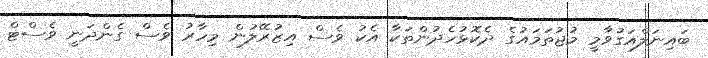
ބައިނަލްއަގުވާމީ މުޖުތަމައުގެ ދެކޮޅުހެދުންތަކާ އެކު ވެސް އިޒުރޭލުން މިހާރު ވެސް ގެންދަނީ ވެސްޓް